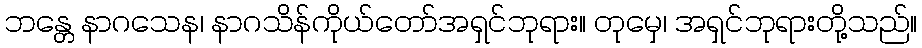
ဘန္တေ နာဂသေန၊ နာဂသိန်ကိုယ်တော်အရှင်ဘုရား။ တုမှေ၊ အရှင်ဘုရားတို့သည်။